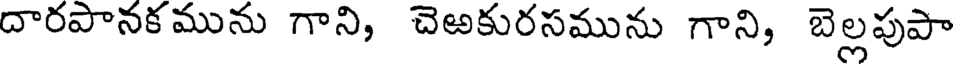
దారపానకమును గాని, చెఱకురసమును గాని, బెల్లపుపా